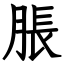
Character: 脹